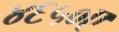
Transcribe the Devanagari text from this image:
४६५०ए